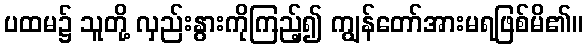
ပထမ၌ သူတို့ လှည်းနွားကိုကြည့်၍ ကျွန်တော်အားမရဖြစ်မိ၏။